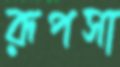
রূপসা